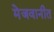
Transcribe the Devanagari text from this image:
मेजवानीत